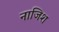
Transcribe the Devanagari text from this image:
नाजिश